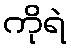
ကိုရဲ